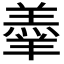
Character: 𮊱